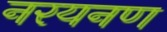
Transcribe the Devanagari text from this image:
नरयनण